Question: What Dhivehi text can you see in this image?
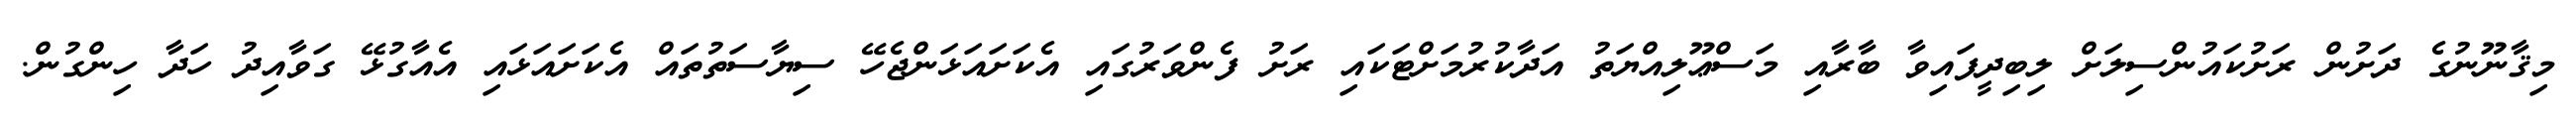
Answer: މިޤާނޫނުގެ ދަށުން ރަށުކައުންސިލަށް ލިބިދީފައިވާ ބާރާއި މަސްޢޫލިއްޔަތު އަދާކުރުމަށްޓަކައި ރަށު ފެންވަރުގައި އެކަށައަޅަންޖެހޭ ސިޔާސަތުތައް އެކަށައަޅައި އެއާގުޅޭ ގަވާއިދު ހަދާ ހިންގުން.